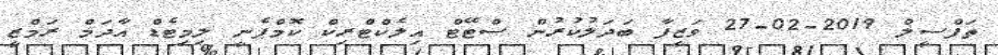
ތަފްސީލް 2019-02-27 ވަޒީފާ ބަދަލުކުރުން ސްޓޭޓް އިލެކްޓްރިކް ކޮމްޕެނީ ލިމިޓެޑް އާދަމް ރަމްޒީ